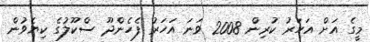
މީގެ އަށް އަހަރު ކުރިން 2008 ވަނަ އަހަރު ފެހެންދޫ ސްކޫލުގެ ކިޔެވުން